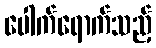
ပေါက်ရောက်သည့်